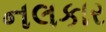
નલકાર